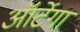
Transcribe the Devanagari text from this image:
ऑर्टेगा